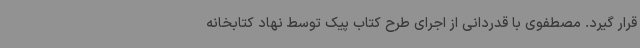
قرار گیرد. مصطفوی با قدردانی از اجرای طرح کتاب پیک توسط نهاد کتابخانه